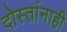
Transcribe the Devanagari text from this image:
दोस्तांनाही